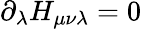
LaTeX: \partial_{\lambda}H_{\mu\nu\lambda}=0